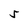
Character: 5